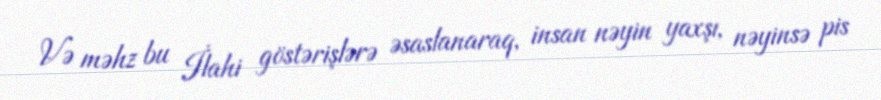
Və məhz bu İlahi göstərişlərə əsaslanaraq, insan nəyin yaxşı, nəyinsə pis